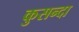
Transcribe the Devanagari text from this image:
कुसन्दा